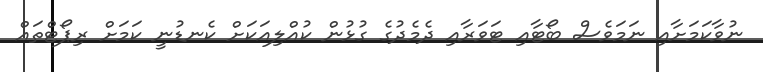
ނުވާކަމަށާއި ނަމަވެސް ބޯޓާއި ޓަވަރާއި ދެމެދުގެ ގުޅުން ކުއްލިއަކަށް ކެނޑުނީ ކަމަށް ރިޕޯޓްތައް